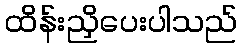
ထိန်းညှိပေးပါသည်